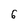
Character: 6